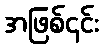
အဖြစ်၎င်း